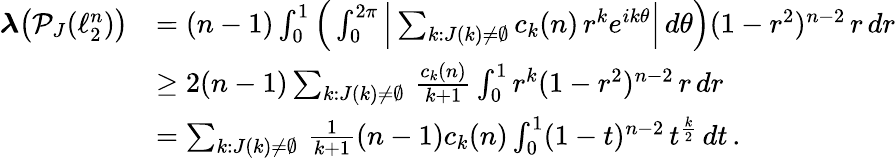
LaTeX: \begin{array}{rl}{\boldsymbol{\lambda}\big(\mathcal{P}_{J}(\ell_{2}^{n})\big)}&{=(n-1)\int_{0}^{1}\Big(\int_{0}^{2\pi}\Big|\sum_{k:J(k)\neq\emptyset}c_{k}(n)\, r^{k}e^{ik\theta}\Big|\, d\theta\Big)(1-r^{2})^{n-2}\, r\, dr}\\ &{\geq 2(n-1)\sum_{k:J(k)\neq\emptyset}\, \frac{c_{k}(n)}{k+1}\int_{0}^{1}r^{k}(1-r^{2})^{n-2}\, r\, dr}\\ &{=\sum_{k:J(k)\neq\emptyset}\, \frac{1}{k+1}(n-1)c_{k}(n)\int_{0}^{1}(1-t)^{n-2}\, t^{\frac{k}{2}}\, dt\, .}\end{array}